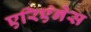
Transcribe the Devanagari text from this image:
एरिएंनेस